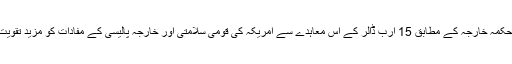
امریکی محکمہ خارجہ کے مطابق 15 ارب ڈالر کے اس معاہدے سے امریکہ کی قومی سلامتی اور خارجہ پالیسی کے مفادات کو مزید تقویت ملی ہے۔